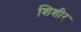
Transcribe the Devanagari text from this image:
शिशीर